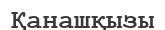
Қанашқызы